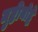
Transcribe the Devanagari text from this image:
मुष्टीयोद्धे